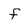
Character: f